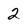
Character: 2